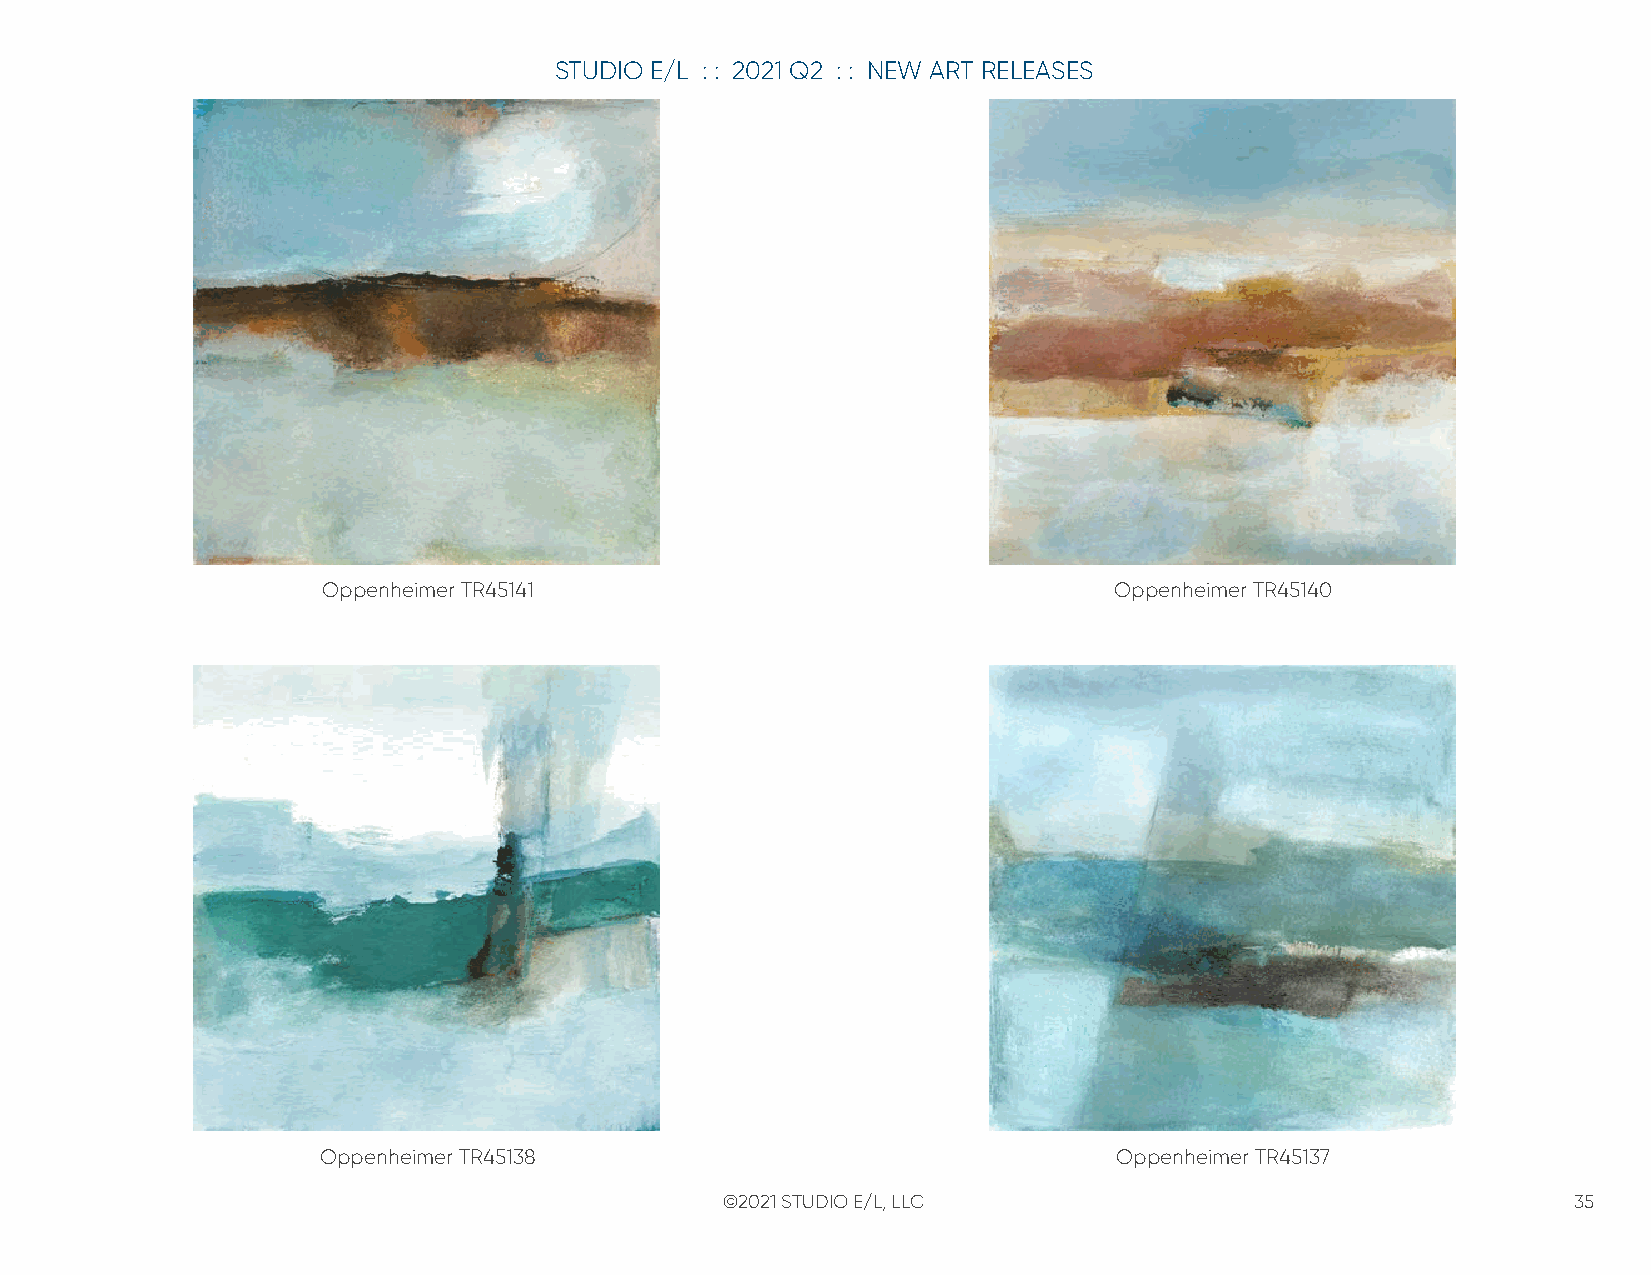
STUDIO E/L : : 2021 Q2 : : NEW ART RELEASES
 Oppenheimer TR45141                                  Oppenheimer TR45140
 Oppenheimer TR45138                                  Oppenheimer TR45137
 ©2021 STUDIO E/L, LLC                                   35